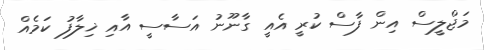
މަޖްލީސް އިން ފާސް ކުރީ އެއީ ގާނޫނު އަސާސީ އާއި ޚިލާފު ކަމެއް